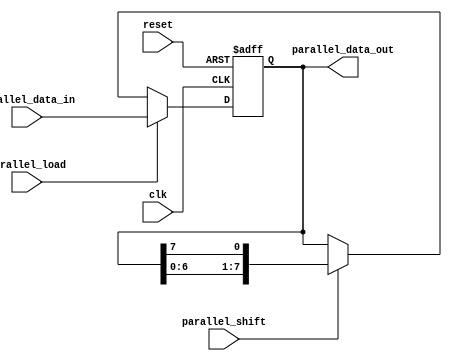
module pipo_shift_register(
    input wire clk,
    input wire reset,
    input wire parallel_load,
    input wire parallel_shift,
    input wire [7:0] parallel_data_in,
    output reg [7:0] parallel_data_out
);
    
reg [7:0] data_register;

always @(posedge clk or posedge reset) begin
    if (reset) begin
        data_register <= 8'b0; //reset to 0
    end else begin
        if (parallel_load) begin
            data_register <= parallel_data_in;
        end else if (parallel_shift) begin
            data_register <= {data_register[6:0], data_register[7]}; //shift left
        end
    end
end

assign parallel_data_out = data_register;

endmodule